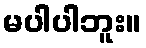
မပါပါဘူး။